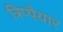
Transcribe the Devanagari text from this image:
त्रिप्पैयार